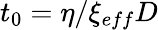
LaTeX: t_{0}=\eta/\xi_{eff}D